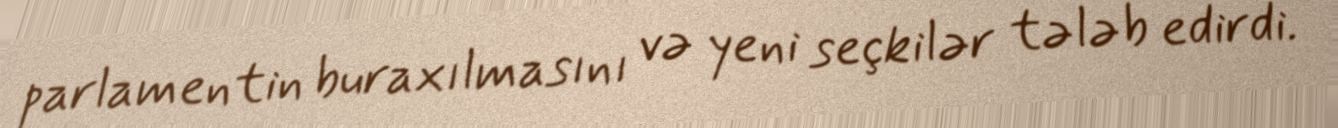
parlamentin buraxılmasını və yeni seçkilər tələb edirdi.